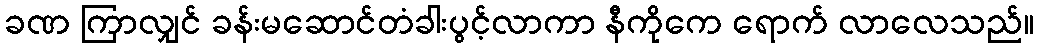
ခဏ ကြာလျှင် ခန်းမဆောင်တံခါးပွင့်လာကာ နီကိုကေ ရောက် လာလေသည်။